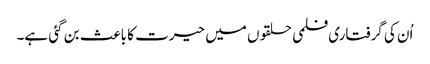
اُن کی گرفتاری فلمی حلقوں میں حیرت کا باعث بن گئی ہے۔